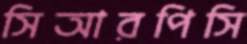
সিআরপিসি